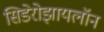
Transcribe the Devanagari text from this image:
सिडेरोझायलॉन